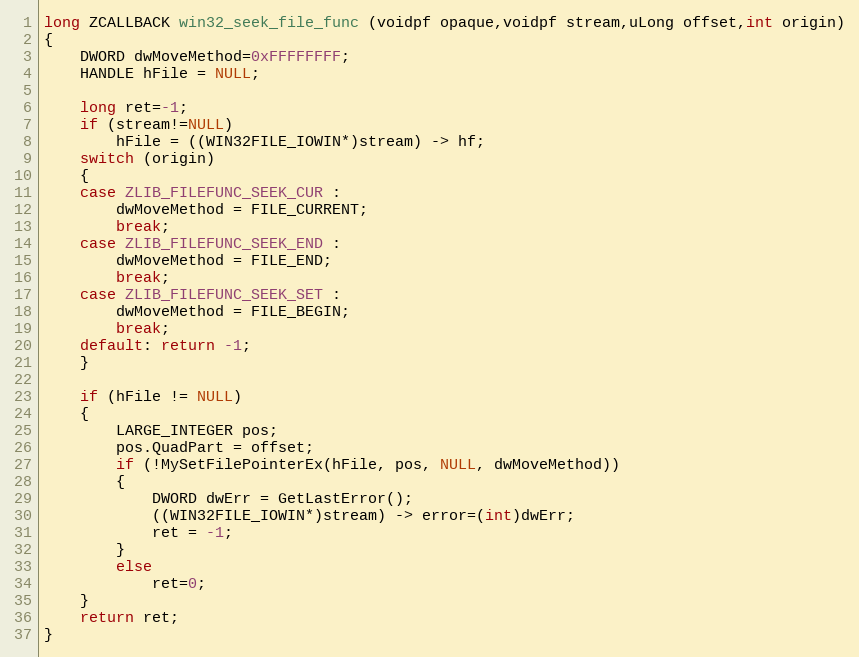
Language: C
long ZCALLBACK win32_seek_file_func (voidpf opaque,voidpf stream,uLong offset,int origin)
{
    DWORD dwMoveMethod=0xFFFFFFFF;
    HANDLE hFile = NULL;

    long ret=-1;
    if (stream!=NULL)
        hFile = ((WIN32FILE_IOWIN*)stream) -> hf;
    switch (origin)
    {
    case ZLIB_FILEFUNC_SEEK_CUR :
        dwMoveMethod = FILE_CURRENT;
        break;
    case ZLIB_FILEFUNC_SEEK_END :
        dwMoveMethod = FILE_END;
        break;
    case ZLIB_FILEFUNC_SEEK_SET :
        dwMoveMethod = FILE_BEGIN;
        break;
    default: return -1;
    }

    if (hFile != NULL)
    {
        LARGE_INTEGER pos;
        pos.QuadPart = offset;
        if (!MySetFilePointerEx(hFile, pos, NULL, dwMoveMethod))
        {
            DWORD dwErr = GetLastError();
            ((WIN32FILE_IOWIN*)stream) -> error=(int)dwErr;
            ret = -1;
        }
        else
            ret=0;
    }
    return ret;
}